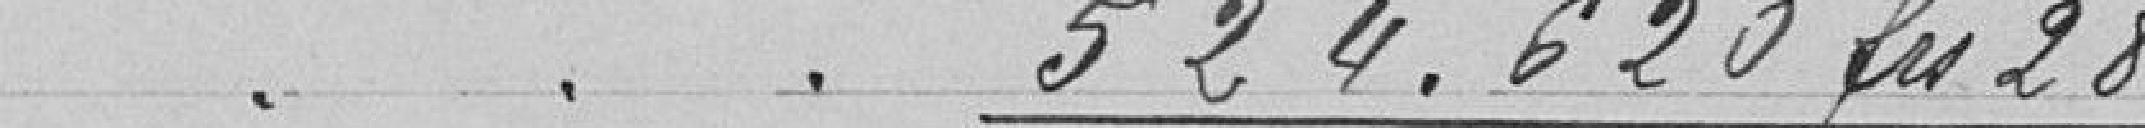
524.620,28 francs